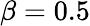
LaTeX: \beta=0.5